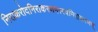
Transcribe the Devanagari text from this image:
निराकरोदनिराकरणमस्त्वनिराकरणम्